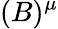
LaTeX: (B)^{\mu}